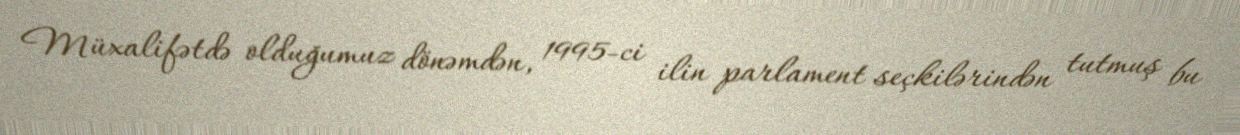
Müxalifətdə olduğumuz dönəmdən, 1995-ci ilin parlament seçkilərindən tutmuş bu